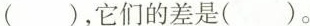
( )，它们的差是( )。